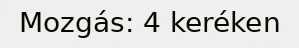
Mozgás: 4 keréken